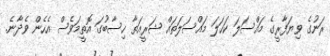
ރަނުގެ ވިޔަފާރީގެ މައްސަލަ ކަހަލަ މައްސަލަތައް ޝަރީއަތާ ހިސާބުގަ އޮތީމަވެސް އެހެން ވެދާނެ.